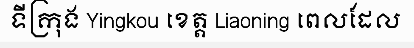
ទីក្រុង Yingkou ខេត្ត Liaoning ពេលដែល